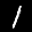
Label: 1